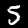
Digit: 5